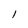
Character: l